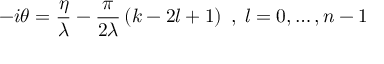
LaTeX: - i \theta = \frac { \eta } { \lambda } - \frac { \pi } { 2 \lambda } \left( k - 2 l + 1 \right) \; , \; l = 0 , \dots , n - 1